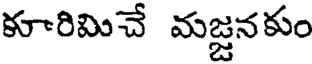
కూారిమిచే మజ్జనకుం